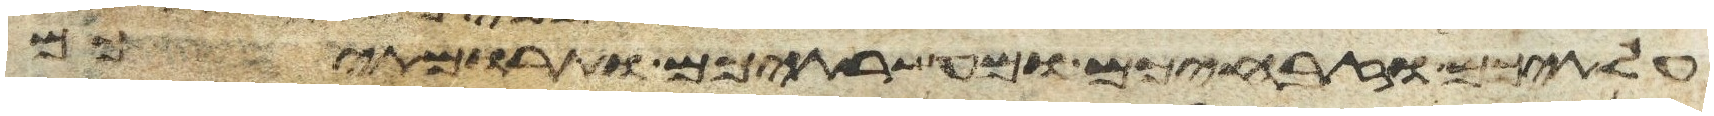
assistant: עלתיכם וזבחיכם ומעשרתיכם ותרומתיכם